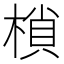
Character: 𭫖